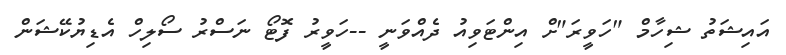
އައިޝަތު ޝިހާމް "ހަވީރަ"ށް އިންޓަވިއު ދެއްވަނީ --ހަވީރު ފޮޓޯ ނަސްރު ސޯލިހް އެޑިޔުކޭޝަން